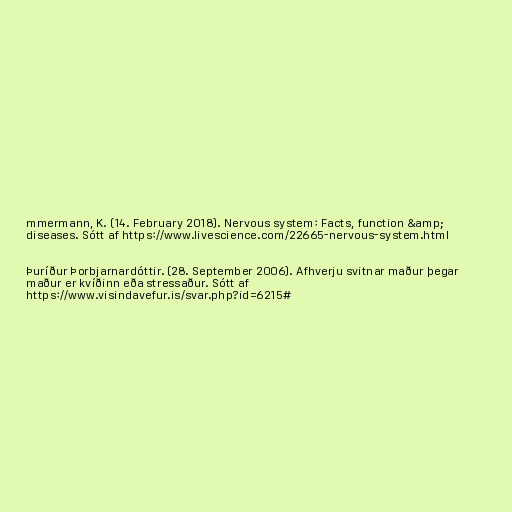
mmermann, K. (14. February 2018). Nervous system: Facts, function &amp;
diseases. Sótt af https://www.livescience.com/22665-nervous-system.html

Þuríður Þorbjarnardóttir. (28. September 2006). Afhverju svitnar maður þegar
maður er kvíðinn eða stressaður. Sótt af
https://www.visindavefur.is/svar.php?id=6215#